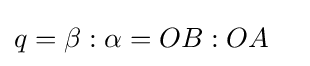
q=\beta :\alpha =OB:OA\quad